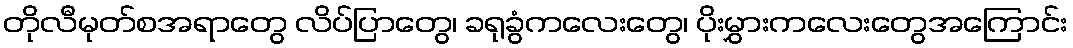
တိုလီမုတ်စအရာတွေ လိပ်ပြာတွေ၊ ခရုခွံကလေးတွေ၊ ပိုးမွှားကလေးတွေအကြောင်း